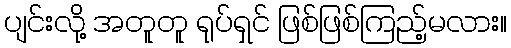
ပျင်းလို့ အတူတူ ရုပ်ရှင် ဖြစ်ဖြစ်ကြည့်မလား။